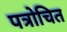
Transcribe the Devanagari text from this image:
पत्रोचित